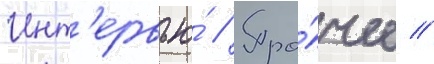
Инт'ервью́ // Про́чее //